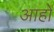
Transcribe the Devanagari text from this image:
आहों